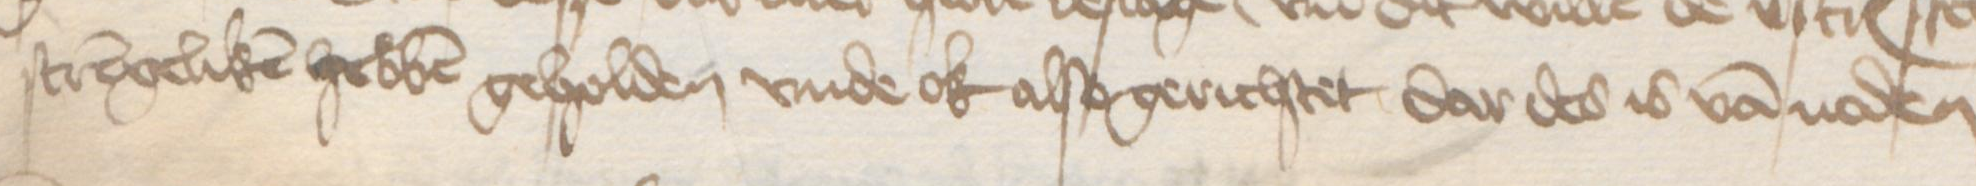
Transcription: strengeliken hebben geholden vnde ok also gerichtet dar des is van noden